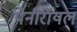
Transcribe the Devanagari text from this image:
पेनीरॉयल